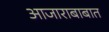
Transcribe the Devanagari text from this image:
आजाराबाबात